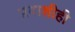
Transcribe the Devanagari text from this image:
प्रवाशीही